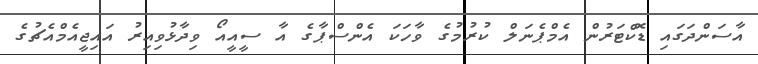
އާސަންދަގައި ޑޮކްޓަރުން އެމްޕެނަލް ކުރުމުގެ ވާހަކަ އެންސްޕާގެ އާ ސީއީއޯ ވިދާޅުވިއިރު އައިޖީއެމްއެޗުގެ